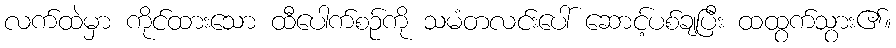
လက်ထဲမှာ ကိုင်ထားသော ထီပေါက်စဉ်ကို သမံတလင်းပေါ် ဆောင့်ပစ်ချပြီး ထထွက်သွား၏။